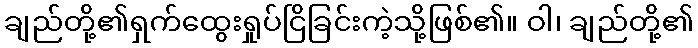
ချည်တို့၏ရှက်ထွေးရှုပ်ငြိခြင်းကဲ့သို့ဖြစ်၏။ ဝါ၊ ချည်တို့၏